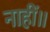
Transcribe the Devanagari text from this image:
नाहीं॥